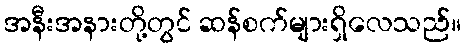
အနီးအနားတို့တွင် ဆန်စက်များရှိလေသည်။